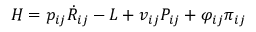
H = p _ { i j } \dot { R } _ { i j } - L + v _ { i j } P _ { i j } + \varphi _ { i j } \pi _ { i j }